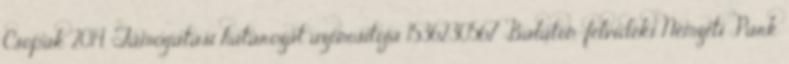
Csopak 2014. Támogatási határozat azonosítója 1536230567 Balaton-felvidéki Nemzeti Park